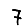
Digit: 7